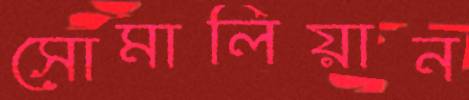
সোমালিয়ান